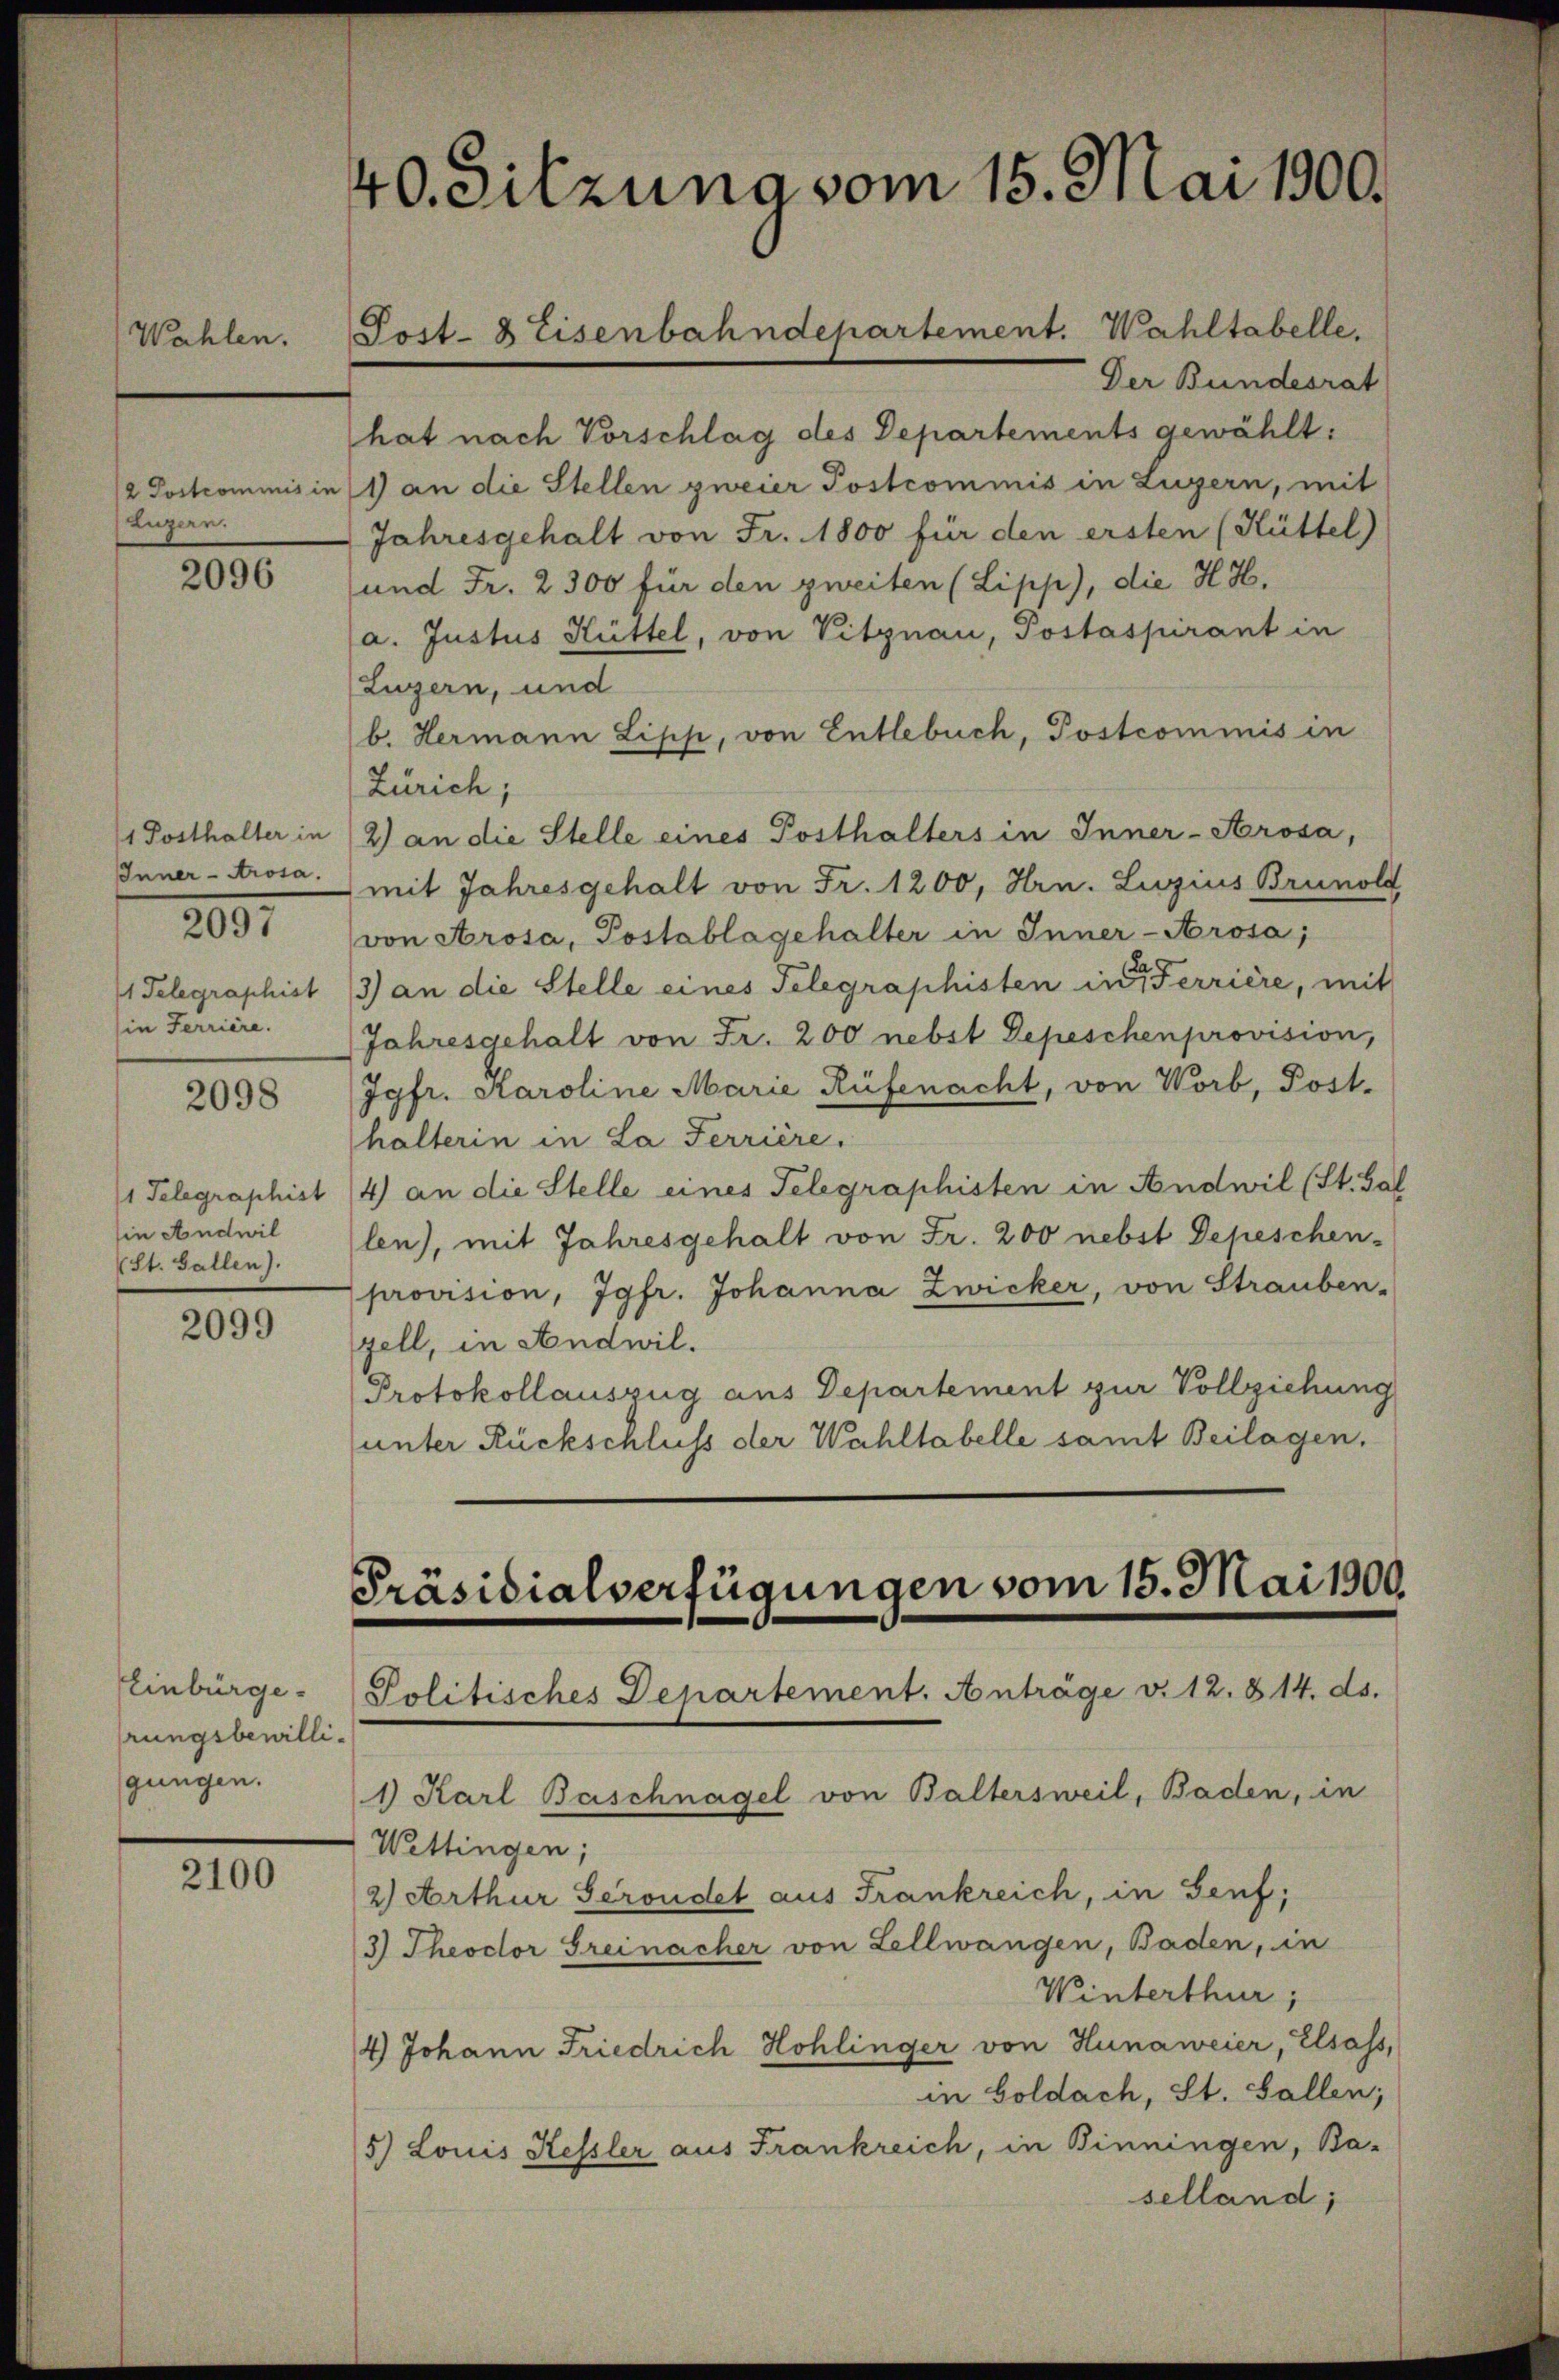
Wahlen.

/2 Postrominis in
Luzern.

2096

Inner-Arosa.
1 Telegraphist
in Ferriere.

2097

2098

1 Telegraphist
sin Andwil
(St. Gallen).

2099

Einbürge
rungsbewilligungen.

2100

40. Sitzuna vom 15. Mai 1900.

Post- & Eisenbahndepartement. Wahltabelle.

Der Bundesrat
hat nach Vorschlag des Departements gewählt:
1) an die Stellen zweier Postcommis in Zugern, mit
Jahresgehalt von Fr. 1800 für den ersten (Küttel)
und Fr. 2300 für den zweiten (Lipp), die H.H.
(a. Justus Hüttel, von Vitznau, Postaspirant in
Luzern, und
b. Hermann Lipp, von Entlebuch, Postcommis in
Zürich;
1 Posthalter in (2) an die Stelle eines Posthalters in Inner-Arosa,
mit Jahresgehalt von Fr. 1200, Hrn. Luzius Brunold
von Arosa, Postablagehalter in Inner-Arosa,
/3) an die Stelle eines Telegraphisten in der Terrière, mit
Jahresgehalt von Fr. 200 nebst Depeschenprovision,
Jgfr. Karoline Marie Rüfenacht, von Worb, Post-
halterin in La Ferrière.
4) an die Stelle eines Telegraphisten in Andwil (St. Gal
len), mit Jahresgehalt von Fr. 200 nebst Depeschen-
provision, Jgfr. Johanna Zwicker, von Strauben-
zell, in Andwil.
Protokollauszug aus Departement zur Vollziehung
unter Rückschluss der Wahltabelle samt Beilagen.

Präsidialverfügungen vom 15. Mai 1900
Politisches Departement. Anträge v. 12. 814. ds.

1) Karl Baschnagel von Baltersweil, Baden, in
Wettingen;
2) Arthur Serondet aus Frankreich, in Genf;
3) Theodor Greinacher von Zellwangen, Baden, in

Winterthur;
4) Johann Friedrich Hohlinger von Hunaweier, Elsass,
in Goldach, St. Gallen;
5) Louis Kessler aus Frankreich, in Binningen, Ba-
selland;